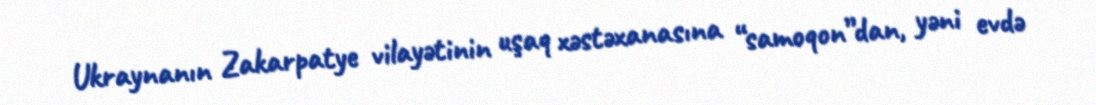
Ukraynanın Zakarpatye vilayətinin uşaq xəstəxanasına “samoqon”dan, yəni evdə